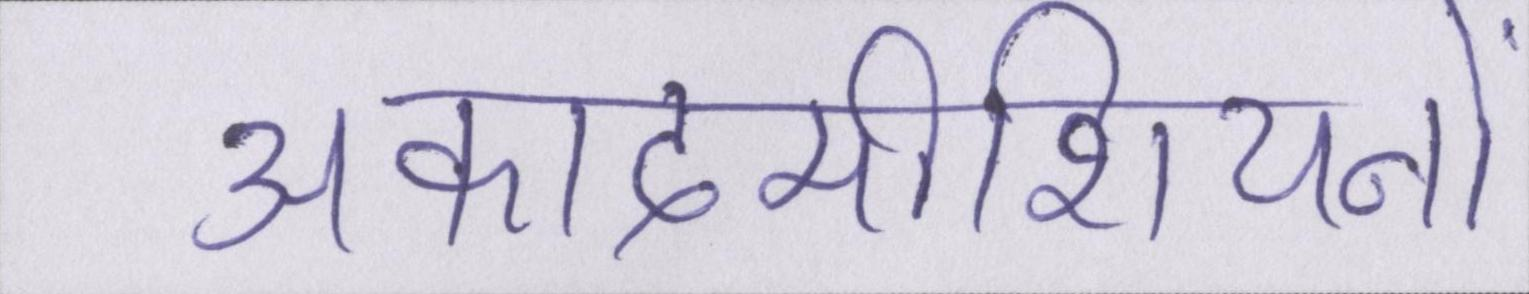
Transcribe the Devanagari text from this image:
अकादमीशियनों